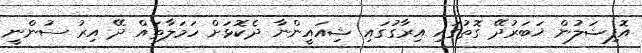
އޮފިޝަލުން ޚަބަރުދޭ ގޮތުގައި އިރާގުގައި ޝިއައީންނާ ދެކޮޅަށް ހަމަލާތައް ދޭ އިރު ސުންނީ